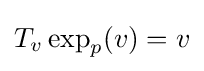
T_{v}\exp _{p}(v)=v